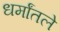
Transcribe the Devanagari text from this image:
धर्मांतले